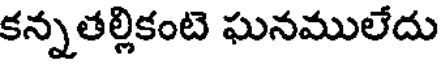
కన్నతల్లికంటె ఘనములేదు